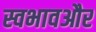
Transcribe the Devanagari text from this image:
स्वभावऔर